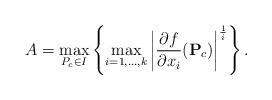
LaTeX: \begin{align*}A=\max_{P_c \in I} \left \{ \max_{i=1,\dots,k} \left | \frac{\partial f}{\partial x_i }(\mathbf{P}_c) \right |^{\frac{1}{i}} \right \}.\end{align*}